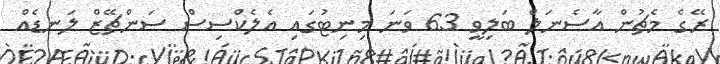
ރޭގެ މެޗުން އާސެނަލް ބަލިވީ 63 ވަނަ މިނިޓުގައި އެލެކްސިސް ސަންޗޭޒް ލަނޑެއް